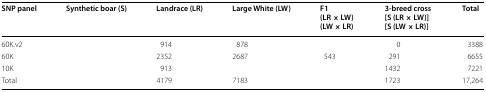
<table><thead><tr><td><b>SNP panel</b></td><td><b>Synthetic boar (S)</b></td><td><b>Landrace (LR)</b></td><td><b>Large White (LW)</b></td><td><b>F1(LR × LW)(LW × LR)</b></td><td><b>3-breed cross[S (LR × LW)][S (LW × LR)]</b></td><td><b>Total</b></td></tr></thead><tbody><tr><td>60K.v2</td><td>[EMPTY_CELL]</td><td>914</td><td>878</td><td>[EMPTY_CELL]</td><td>0</td><td>3388</td></tr><tr><td>60K</td><td>[EMPTY_CELL]</td><td>2352</td><td>2687</td><td>543</td><td>291</td><td>6655</td></tr><tr><td>10K</td><td>[EMPTY_CELL]</td><td>913</td><td>[EMPTY_CELL]</td><td>[EMPTY_CELL]</td><td>1432</td><td>7221</td></tr><tr><td>Total</td><td>[EMPTY_CELL]</td><td>4179</td><td>7183</td><td>[EMPTY_CELL]</td><td>1723</td><td>17,264</td></tr></tbody></table>